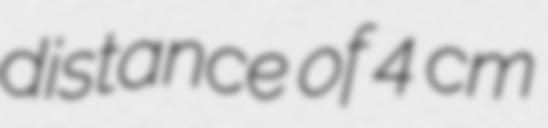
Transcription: distance of 4 cm